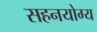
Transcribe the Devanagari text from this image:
सहनयोग्य